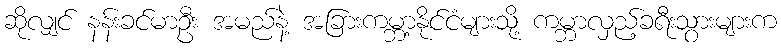
ဆိုလျှင် နန်းခင်မာဦး အမည်နဲ့ အခြားကမ္ဘာ့နိုင်ငံများသို့ ကမ္ဘာလှည့်ခရီးသွားများက